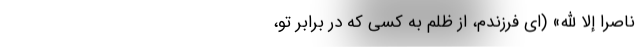
نَاصِراً إِلَّا اللَّهَ» (ای فرزندم، از ظلم به کسی که در برابر تو،